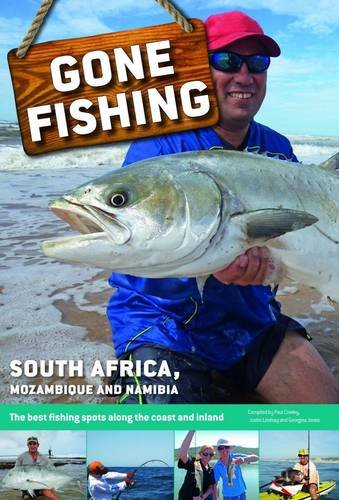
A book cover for Gone Fishing: South Africa, Namibia and Mozambique: MS.A112; Map Studio; Travel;